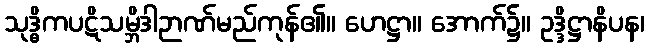
သုဒ္ဓိကပဋိသမ္ဘိဒါဉာဏ်မည်ကုန်၏။ ဟေဋ္ဌာ။ အောက်၌။ ဥဒ္ဒိဋ္ဌာနိပန၊